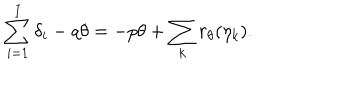
\sum _ { i = 1 } ^ { I } \delta _ { i } - q \theta = - p \theta + \sum _ { k } r _ { \theta } ( \eta _ { k } ) .